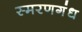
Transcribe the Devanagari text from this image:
स्मरणगंध